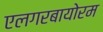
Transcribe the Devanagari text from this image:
एलगरबायोरम